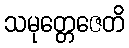
သမုတ္တေဇေတိ